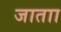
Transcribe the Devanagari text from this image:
जाताा